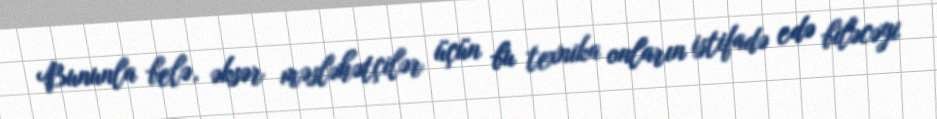
Bununla belə, əksər məsləhətçilər üçün bu texnika onların istifadə edə biləcəyi